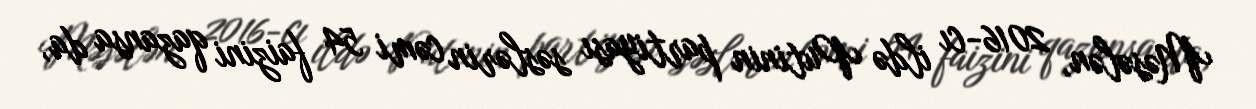
Məsələn, 2016-cı ildə Putinin partiyası səslərin cəmi 54 faizini qazansa da,